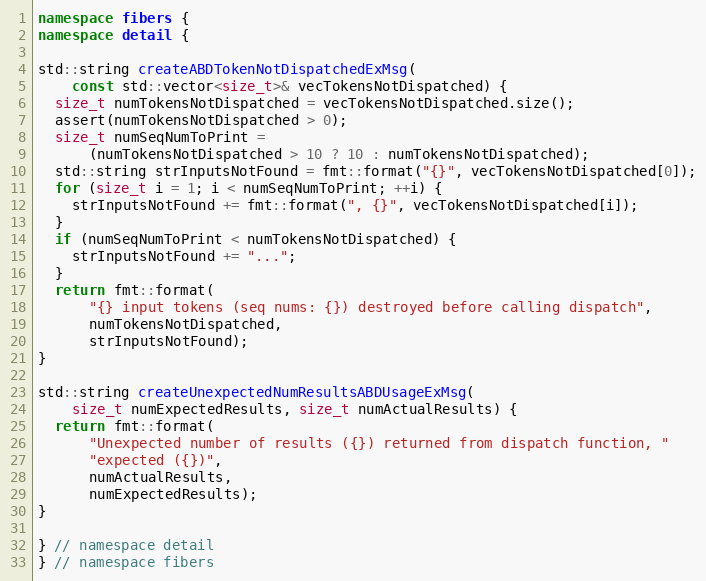
Language: C++
namespace fibers {
namespace detail {

std::string createABDTokenNotDispatchedExMsg(
    const std::vector<size_t>& vecTokensNotDispatched) {
  size_t numTokensNotDispatched = vecTokensNotDispatched.size();
  assert(numTokensNotDispatched > 0);
  size_t numSeqNumToPrint =
      (numTokensNotDispatched > 10 ? 10 : numTokensNotDispatched);
  std::string strInputsNotFound = fmt::format("{}", vecTokensNotDispatched[0]);
  for (size_t i = 1; i < numSeqNumToPrint; ++i) {
    strInputsNotFound += fmt::format(", {}", vecTokensNotDispatched[i]);
  }
  if (numSeqNumToPrint < numTokensNotDispatched) {
    strInputsNotFound += "...";
  }
  return fmt::format(
      "{} input tokens (seq nums: {}) destroyed before calling dispatch",
      numTokensNotDispatched,
      strInputsNotFound);
}

std::string createUnexpectedNumResultsABDUsageExMsg(
    size_t numExpectedResults, size_t numActualResults) {
  return fmt::format(
      "Unexpected number of results ({}) returned from dispatch function, "
      "expected ({})",
      numActualResults,
      numExpectedResults);
}

} // namespace detail
} // namespace fibers